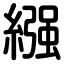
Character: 繦